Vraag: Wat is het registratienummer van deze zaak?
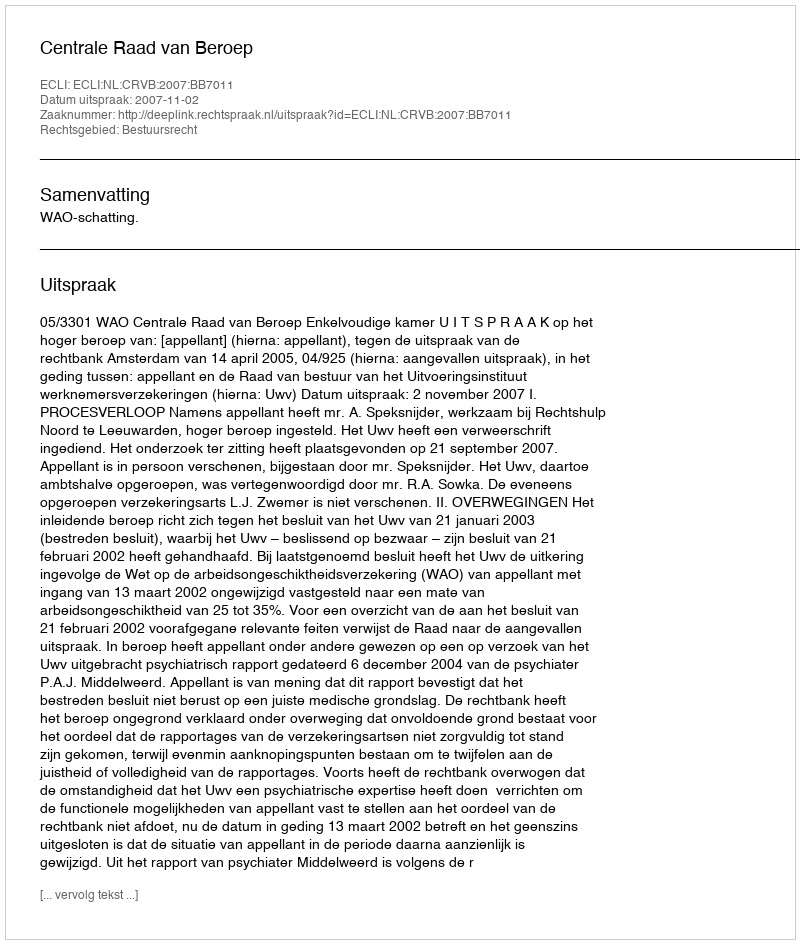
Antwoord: http://deeplink.rechtspraak.nl/uitspraak?id=ECLI:NL:CRVB:2007:BB7011